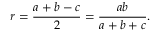
r = { \frac { a + b - c } { 2 } } = { \frac { a b } { a + b + c } } .